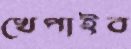
খেপাইব